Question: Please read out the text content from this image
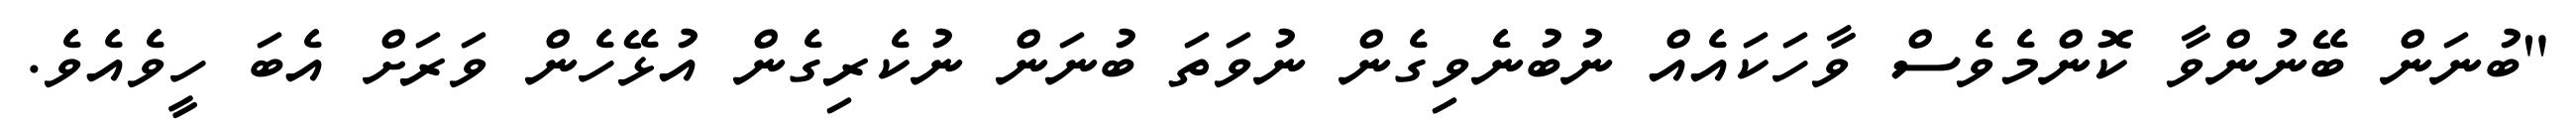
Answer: "ބުނަން ބޭނުންވާ ކޮންމެވެސް ވާހަކައެއް ނުބުނެވިގެން ނުވަތަ ބުނަން ނުކެރިގެން އުޅޭހެން ވަރަށް އެބަ ހީވެއެވެ.